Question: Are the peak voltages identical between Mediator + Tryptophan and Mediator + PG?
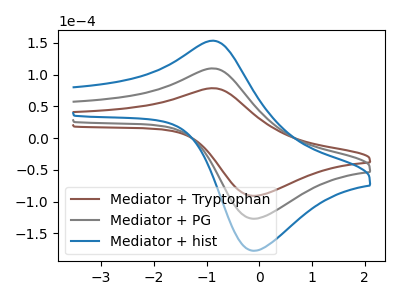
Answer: <think>The brown curve "Mediator + Tryptophan" has an anodic peak at (-0.90V, 78.65uA) and a cathodic peak at (-0.15V, -91.05uA). The gray curve "Mediator + PG" has an anodic peak at (-0.90V, 109.85uA) and a cathodic peak at (-0.15V, -127.15uA). The blue curve "Mediator + hist" has an anodic peak at (-0.90V, 219.65uA) and a cathodic peak at (-0.15V, -254.35uA).</think>
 <answer>Yes, "Mediator + Tryptophan" have a peak in "Mediator + PG" at the same potential.</answer>
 <eval>match</eval>